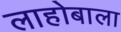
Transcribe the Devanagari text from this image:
लाहोबाला